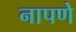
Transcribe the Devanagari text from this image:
नापणे